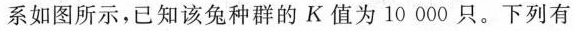
系如图所示，已知该兔种群的 K值为10000 只。下列有